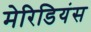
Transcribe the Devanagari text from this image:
मेरिडियंस